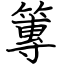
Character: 篿